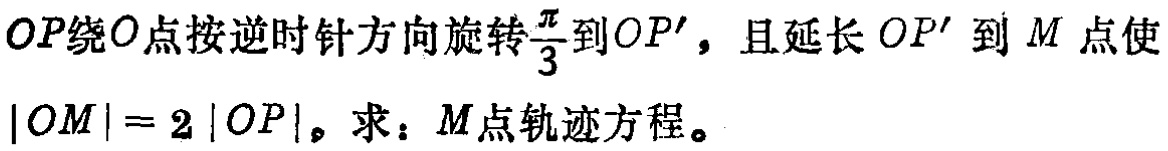
$OP绕O点按逆时针方向旋转\frac{\pi}{3}到OP'，且延长OP'到M点使|OM| = 2|OP|。求：M点轨迹方程。$